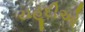
યહૂદીઓ